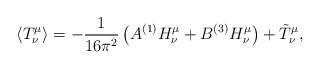
LaTeX: \begin{align*}\langle T^\mu_\nu \rangle = -{1 \over 16 \pi^2} \left( A {}^{(1)}H^\mu_\nu + B {}^{(3)} H^\mu_\nu \right) + \tilde{T}^\mu_\nu,\end{align*}